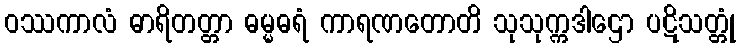
ဝဿကာလံ ဓာရိတတ္တာ ဓမ္မဓရံ ကာရဏတောတိ သုသုက္ကဒါဌော ပဋိသတ္တုံ